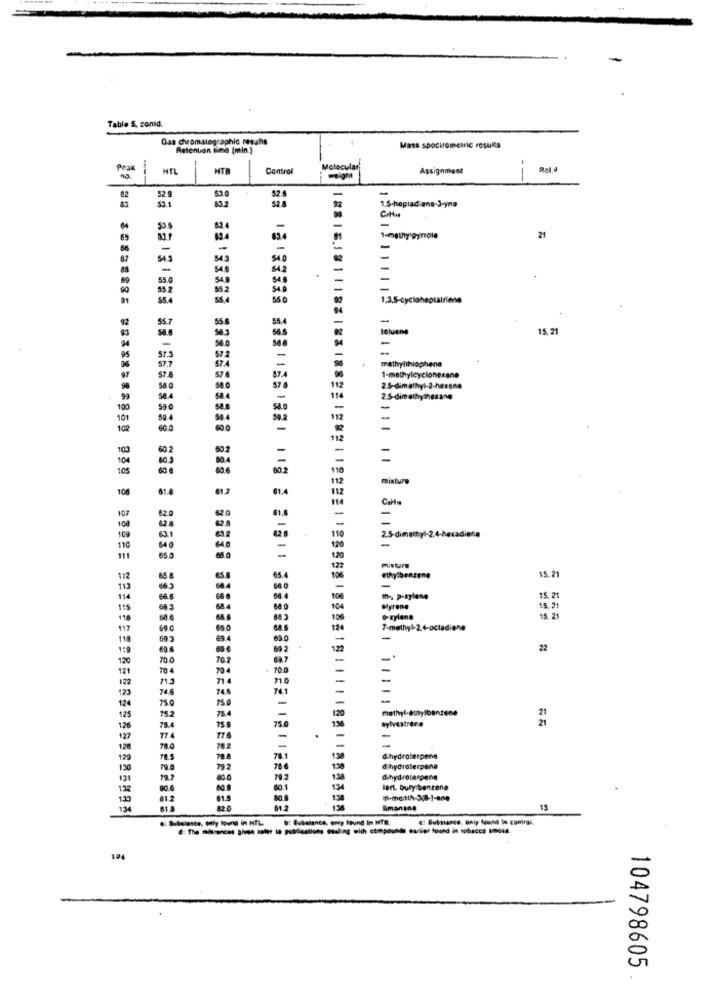
Table 5. conld.
omategraphic results
Retention lima (min.)
Mass spocirometric resulta
Pnak
HTL
HTB
Control
Molecular
Assignment
-
-
82
52.
52.6
-
3.1
63.2
52.8
1.5-hapiadina-3-yna
-
124
21
-
54.3
-
54.2
55.0
55.2
$5.4
960
.3,5-cycloheptalriene
92
-
55.7
tajueng
15, 21
Pathyithiophena
1-methylcyclonesano
2.5-dimethyl-2-hexene
99
2.5-dimethythezane
100
101
102
60.0
602
104
103
105
mixture
106
61.6
61.7
107
62.0
108
109
2.5-dimethyl-2.4-hexadiene
-
110
64 g
111
65.0
112
45
ethylbenzene
15. 21
113
114
66.8
m -, P-Eylang
15. 21
115
Myrene
5. 21
o-zylene
15, 21
117
69 €
690
7-methyl-2.4-octadiene
118
69.3
69.4
22
120
700
121
704
714
122
123
74.6
748
750
124
750
methyl-@taylbenzene
21
125
75.2
754
73.0
-
21
1.26
75.4
774
-
120
120
130
dihydroterpene
130
130
dihydraterpane
131
79.7
00.0
70.2
dihydrotarpene
132
Bert bury benzene
1:30
81.2
80.8
138
134
82.0
Emanane
15
€: Substance. GAly found In comral.
104
104798605
.